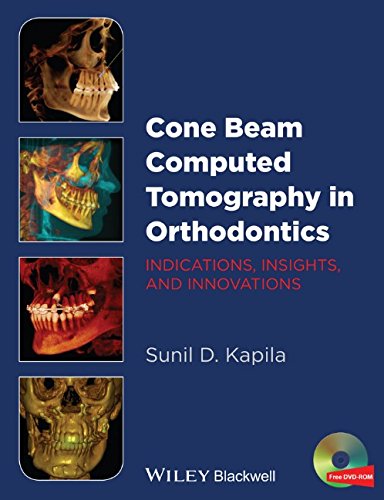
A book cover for Cone Beam Computed Tomography in Orthodontics: Indications, Insights, and Innovations; Sunil Kapila; Medical Books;